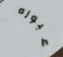
عبوره